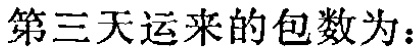
第三天运来的包数为：